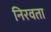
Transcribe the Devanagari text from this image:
निरवता